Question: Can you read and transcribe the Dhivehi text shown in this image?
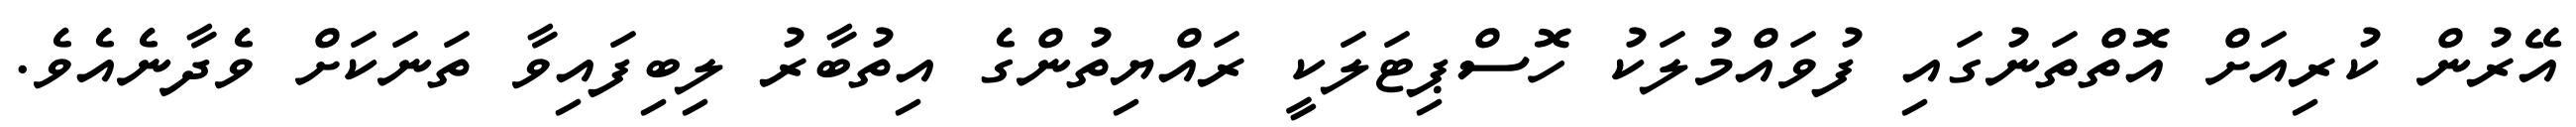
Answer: އޭރުން ކުރިއަށް އޮތްތަނުގައި ފުވައްމުލަކު ހޮސްޕިޓަލަކީ ރައްޔިތުންގެ އިތުބާރު ލިބިފައިވާ ތަނަކަށް ވެދާނެއެވެ.